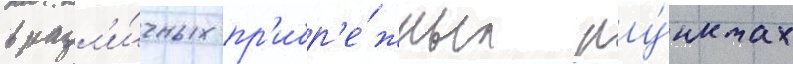
в разл'и́чных пр'ибр'е́жных пу́нктах